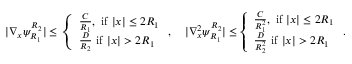
\begin{array} { r } { | \nabla _ { x } \psi _ { R _ { 1 } } ^ { R _ { 2 } } | \leq \left\{ \begin{array} { l l } { \frac { C } { R _ { 1 } } , \mathrm { ~ i f ~ } | x | \leq 2 R _ { 1 } } \\ { \frac { D } { R _ { 2 } } \mathrm { ~ i f ~ } | x | > 2 R _ { 1 } } \end{array} \right. , \quad | \nabla _ { x } ^ { 2 } \psi _ { R _ { 1 } } ^ { R _ { 2 } } | \leq \left\{ \begin{array} { l l } { \frac { C } { R _ { 1 } ^ { 2 } } , \mathrm { ~ i f ~ } | x | \leq 2 R _ { 1 } } \\ { \frac { D } { R _ { 2 } ^ { 2 } } \mathrm { ~ i f ~ } | x | > 2 R _ { 1 } } \end{array} \right. . } \end{array}